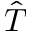
\hat { T }